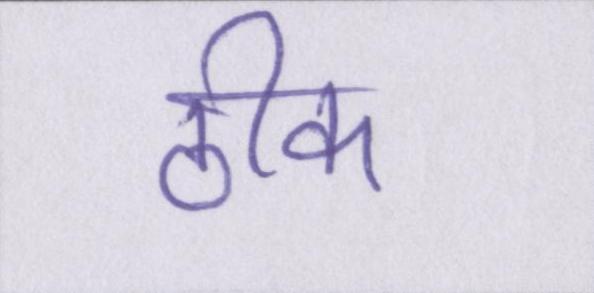
ठीक